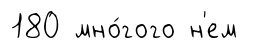
180 мно́гого н'ем